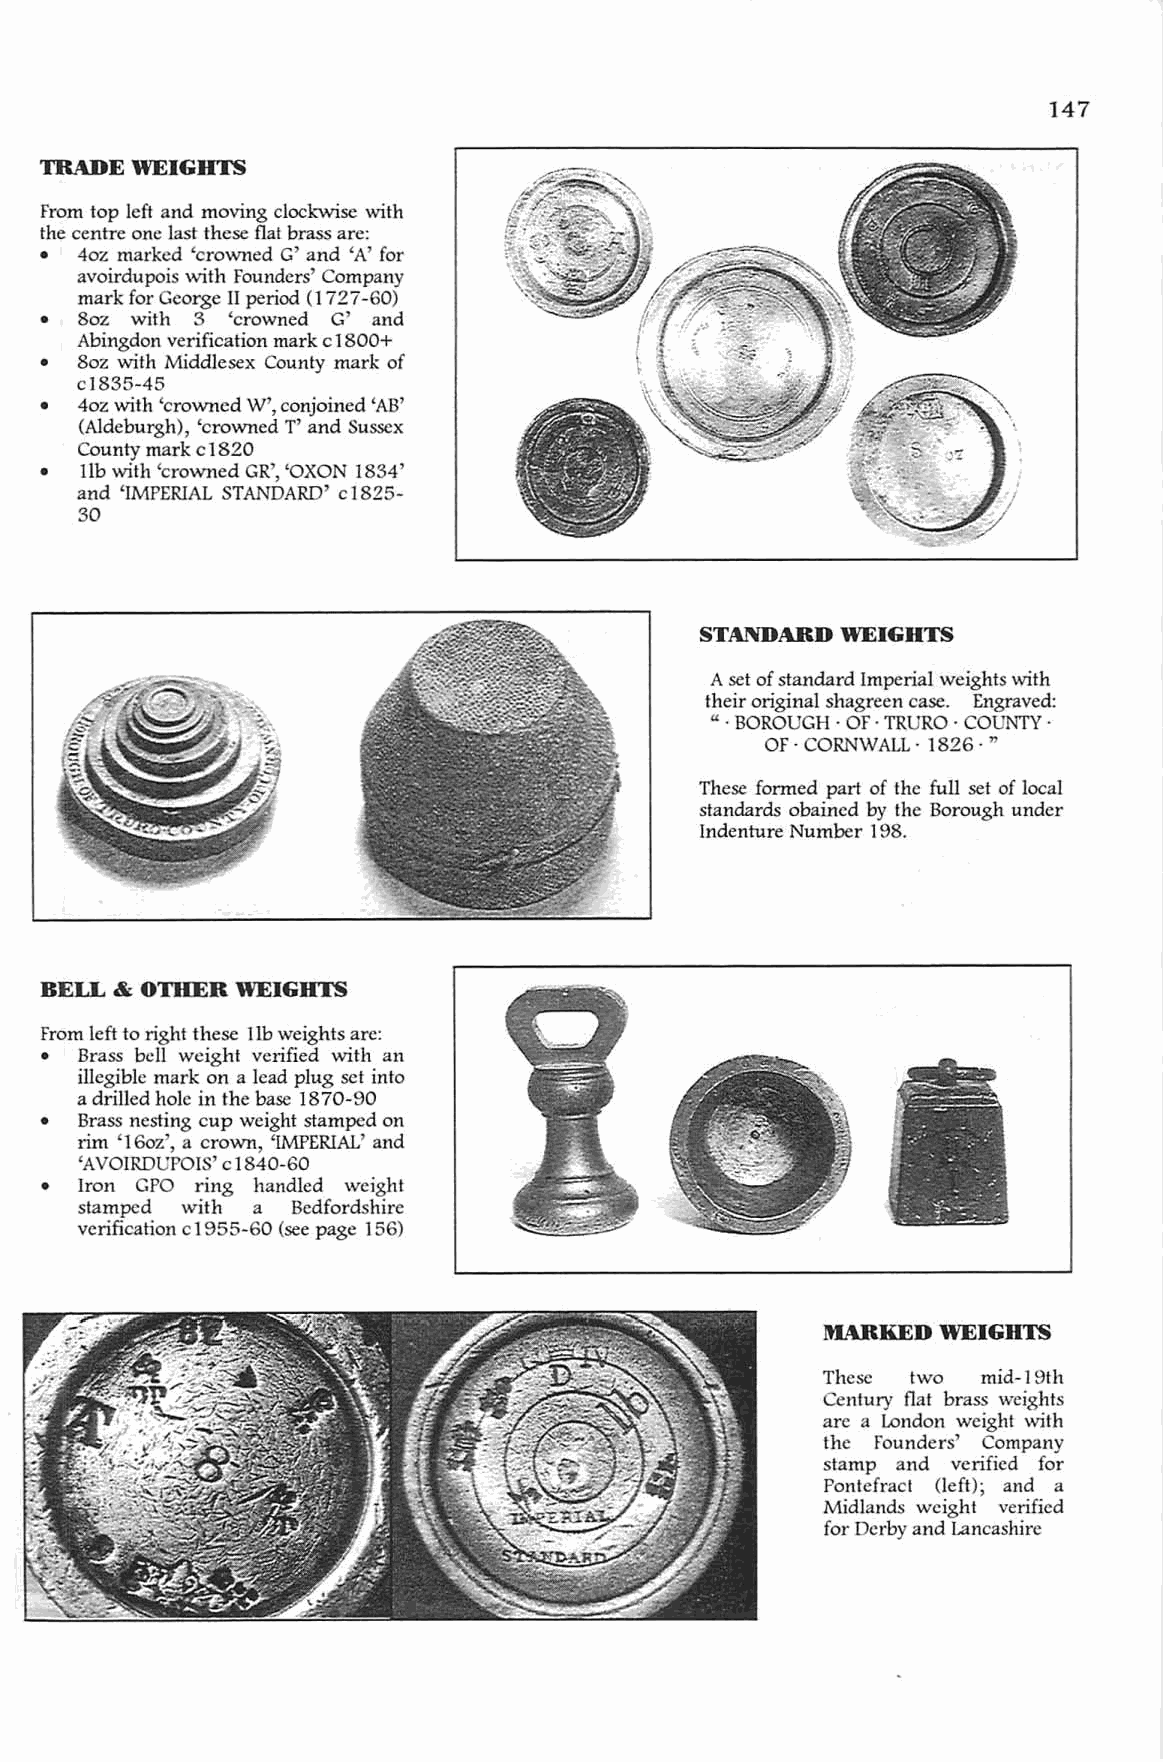
147
 TRADE WEIGHTS
 From top left and moving clock.'VIisc with
 the centre one last these flat brass are:
 • 40z marked 'crowned G' and 'A' for
 avoirdupois vvilh Founders' Company
 mark for George II period (I 727-60)
 • 80z with 3 'crowned G' and
 Abingdon verification mark c 1800+
 • 80z with Middlesex County mark of
 c I 835-45
 • 40z with 'crowned W', conjoined 'AB'
 (Aldeburgh), 'crowned T' and Sussex
 County mark c I 820
 • llb with 'crowned GR', 'OXON 1834'
 and 'IMPERIAL STANDARD' c 1825-
 30
 STANDARD  WEIGHTS
 A set of standard Imperial weights with
 their original shagreen casco Engraved:
 " . BOROUGH· OF· TRURO· COUNTY·
 OF· CORNWALL· 1826· "
 These formed part of the full set of local
 standards obained by the Borough under
 Indenture Number 198.
 BELL & OTHER WEIGHTS
 From left to right these lib weights arc:
 • Brass bell weight verified with an
 illegible mark on a lead plug set into
 a drilled hole in the base 1870-90
 • Brass nesting cup weight stamped on
 rim '160z', a cro'Wll, '[MPERIAL' and
 'AVOIRDUPOIS' c 1840-60
 • Iron GPO ring handled weight
 stamped with a Bedfordshire
 verification c 1955-60 (see page 156)
 MARKED WEIGHTS
 Thesc two  mid-19th
 Century flat brass weights
 arc a London weight with
 the Founders' Company
 stamp and verified for
 POlltefract (left); and a
 Midlands weigh I verified
 for Derby and Lancashire